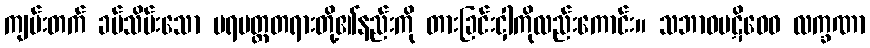
ကျမ်းတက် ခပ်သိမ်းသော ပရမတ္ထတရားတို့၏နည်းကို တားခြင်းငှါကိုလည်းကောင်း။ သဘာဝပဋိဝေဓ လက္ခဏာ